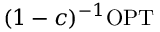
( 1 - c ) ^ { - 1 } \mathrm { O P T }